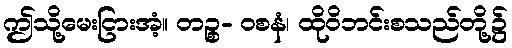
ဤသို့မေးငြားအံ့။ တဉ္စ- ဝစနံ၊ ထိုဝိဘင်းစသည်တို့၌